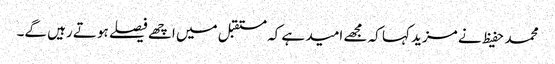
محمد حفیظ نے مزید کہا کہ مجھے امید ہے کہ مستقبل میں اچھے فیصلے ہوتے رہیں گے۔